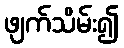
ဖျက်သိမ်း၍